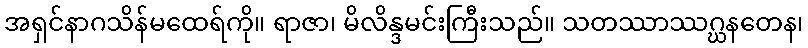
အရှင်နာဂသိန်မထေရ်ကို။ ရာဇာ၊ မိလိန္ဒမင်းကြီးသည်။ သတဿာဿဂ္ဃနတေန၊